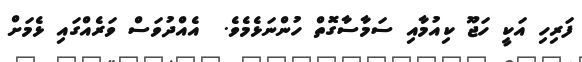
ފަރިހި އަކީ ހަޖޫ ކިއުމާއި ސަމާސާގޮތް ހުންނަޅެމެވެ.  އެއްދުވަސް ވަރެއްގައި ޅެމަށް